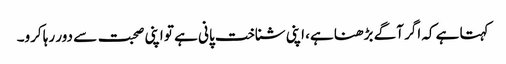
کہتا ہے کہ اگر آگے بڑھنا ہے، اپنی شناخت پانی ہے تو اپنی صحبت سے دور رہا کرو۔